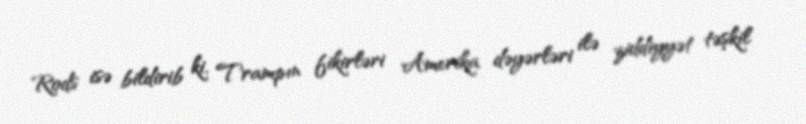
Rods isə bildirib ki, Trampın fikirləri Amerika dəyərləri ilə ziddiyyət təşkil